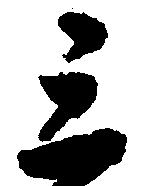
三